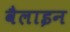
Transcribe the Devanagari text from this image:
वैलाइन